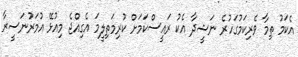
އެކަމު ތިމާ ވެރިކަމުގަހުރެ ނަޝީދާ އެކު ރައީސްކަމަށް ކުރިމަތިލީމަ އެގިއްޖެ މިއުޅޭ އުމަރުނަސީރާ